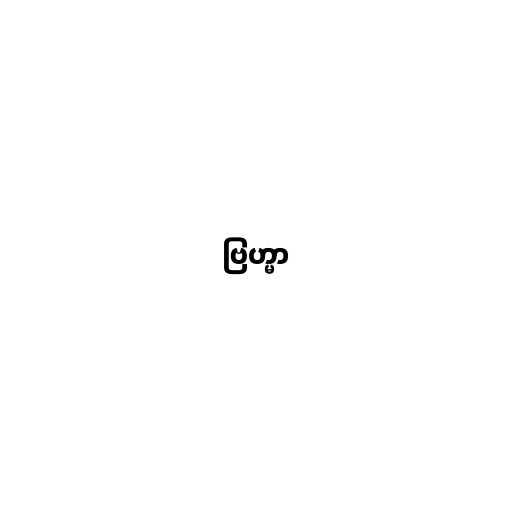
ဗြဟ္မာ